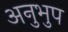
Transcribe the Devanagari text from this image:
अनुभुप